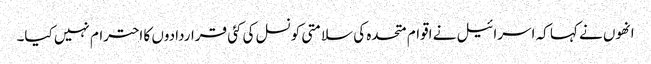
انھوں نے کہا کہ اسرائیل نے اقوام متحدہ کی سلامتی کونسل کی کئی قراردادوں کا احترام نہیں کیا۔